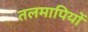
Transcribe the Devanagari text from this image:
तलमापियों